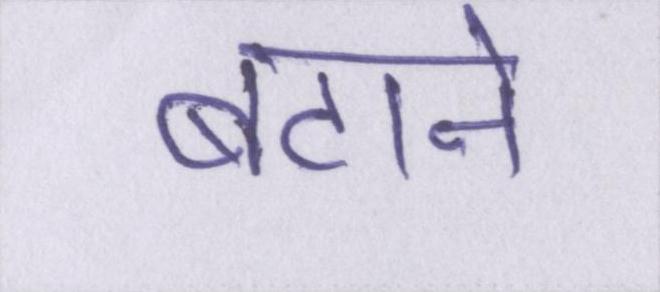
बटाने